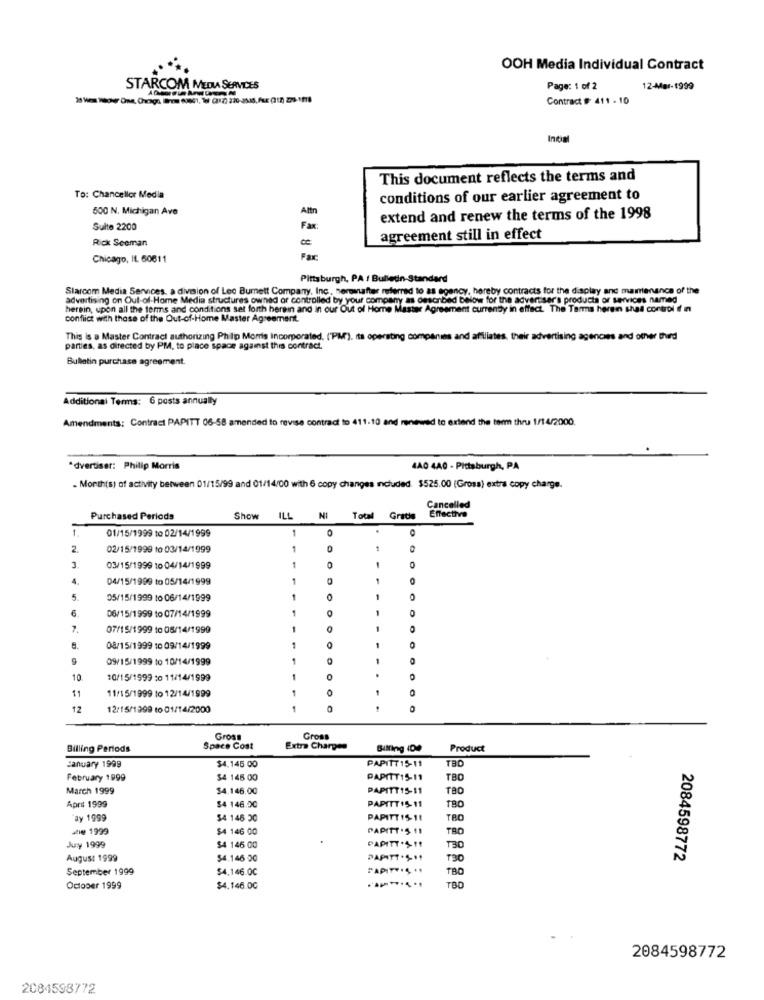
OOH Media Individual Contract
STARCOM MEDIA SERVICES
Page: 1 of 2
12-Mar-1999
Contract # 411 -10
Incial
This document reflects the terms and
To: Chancellor Media
conditions of our earlier agreement to
500 N. Michigan Ave
Altn
extend and renew the terms of the 1998
Suite 2200
Fax:
Rick Seeman
agreement still in effect
Chicago, IL 60611
Fax:
Pittsburgh, PA / Bulletin-Standard
Slarcom Media Services, a division of Leo Burnett Company, Inc . normanafter referred to as agency, hereby contracts for the display and maintenance of the
advertising on Out-of-Home Media structures owned or controlled by your company as described below for the advertiser's products or services named
herein, upon all the terms and conditions set forth herein and in our Out of Home Master Agreement currently in effect. The Terms heren shal control If i
conflict with those of the Out-of-Home Master Agreement.
This is a Master Contract authorizing Philip Morris incorporated, ('PM), Its operating companies and affiliates, their advertising agencies and other third
parties, as directed by PM, to place space against this contract.
Bulletin purchase agreement.
Additional Terms: 6 posts annually
Amendments: Contract PAPITT 06-58 amended to revise contract to 411.10 and renewed to extend the term thru 1/14/2000.
advertiser: Philip Morris
4A0 440 - Pittsburgh, PA
. Month(s) of activity between 01/15/99 and 01/14/00 with 6 copy changes included. $525.00 (Gross) extra copy charge.
Effective
Cancelled
Purchased Periods
Show
ILL
NI
Total
Gratis
1.
01/15/1999 to 02/14/1999
1
2.
02/15/1999 to 03/14/1999
1
1
3
03/15/1999 10 04/14/1999
1
0
4.
04/15/1999 to 05/14/1999
1
1
5.
05/15/1999 10 06/14/1999
1
1
0
6
1
0
06/15/1999 to 07/14/1999
7.
07/15/1999 to 06/14/1999
08/15/1999 10 09/14/1999
1
0
9
09/15/1999 10 10/14/1999
-
10
10/15/1999 :0 11/14/1999
.
11
11/15/1999 to 12/14/1999
O
12
12/15/1399 to 01/14/2000
Gross
Gross
Billing Periods
Space Cost
Extra Charges
Billing 1De
Product
TBO
January 1999
$4.145 00
PAPITT15-11
February 1999
$4 145 00
PAPITT15-11
TBD
March 1999
$4.146.00
PAPITT15-11
PAPITT 1511
TBO
April 1999
$4 146.00
ay 1999
$4 146 30
PAPITT 1511
TBO
2e 1999
$4 146 00
PAPITT .5 11
TRO
Juy 1999
$4 146 00
PAPITT.S !!
T30
August 1999
$4.146 00
PAPATT .Ş11
2084598772
September 1999
$4.146.00
SAPITY.Ş ..
October 1999
$4.146.0G
TBO
2084598772
2084598772